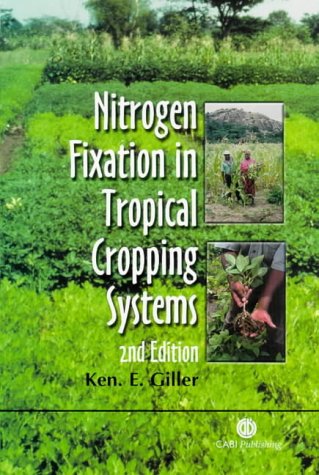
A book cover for Nitrogen Fixation in Tropical Cropping Systems; CABI; Science & Math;